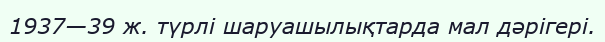
1937—39 ж. түрлі шаруашылықтарда мал дәрігері.